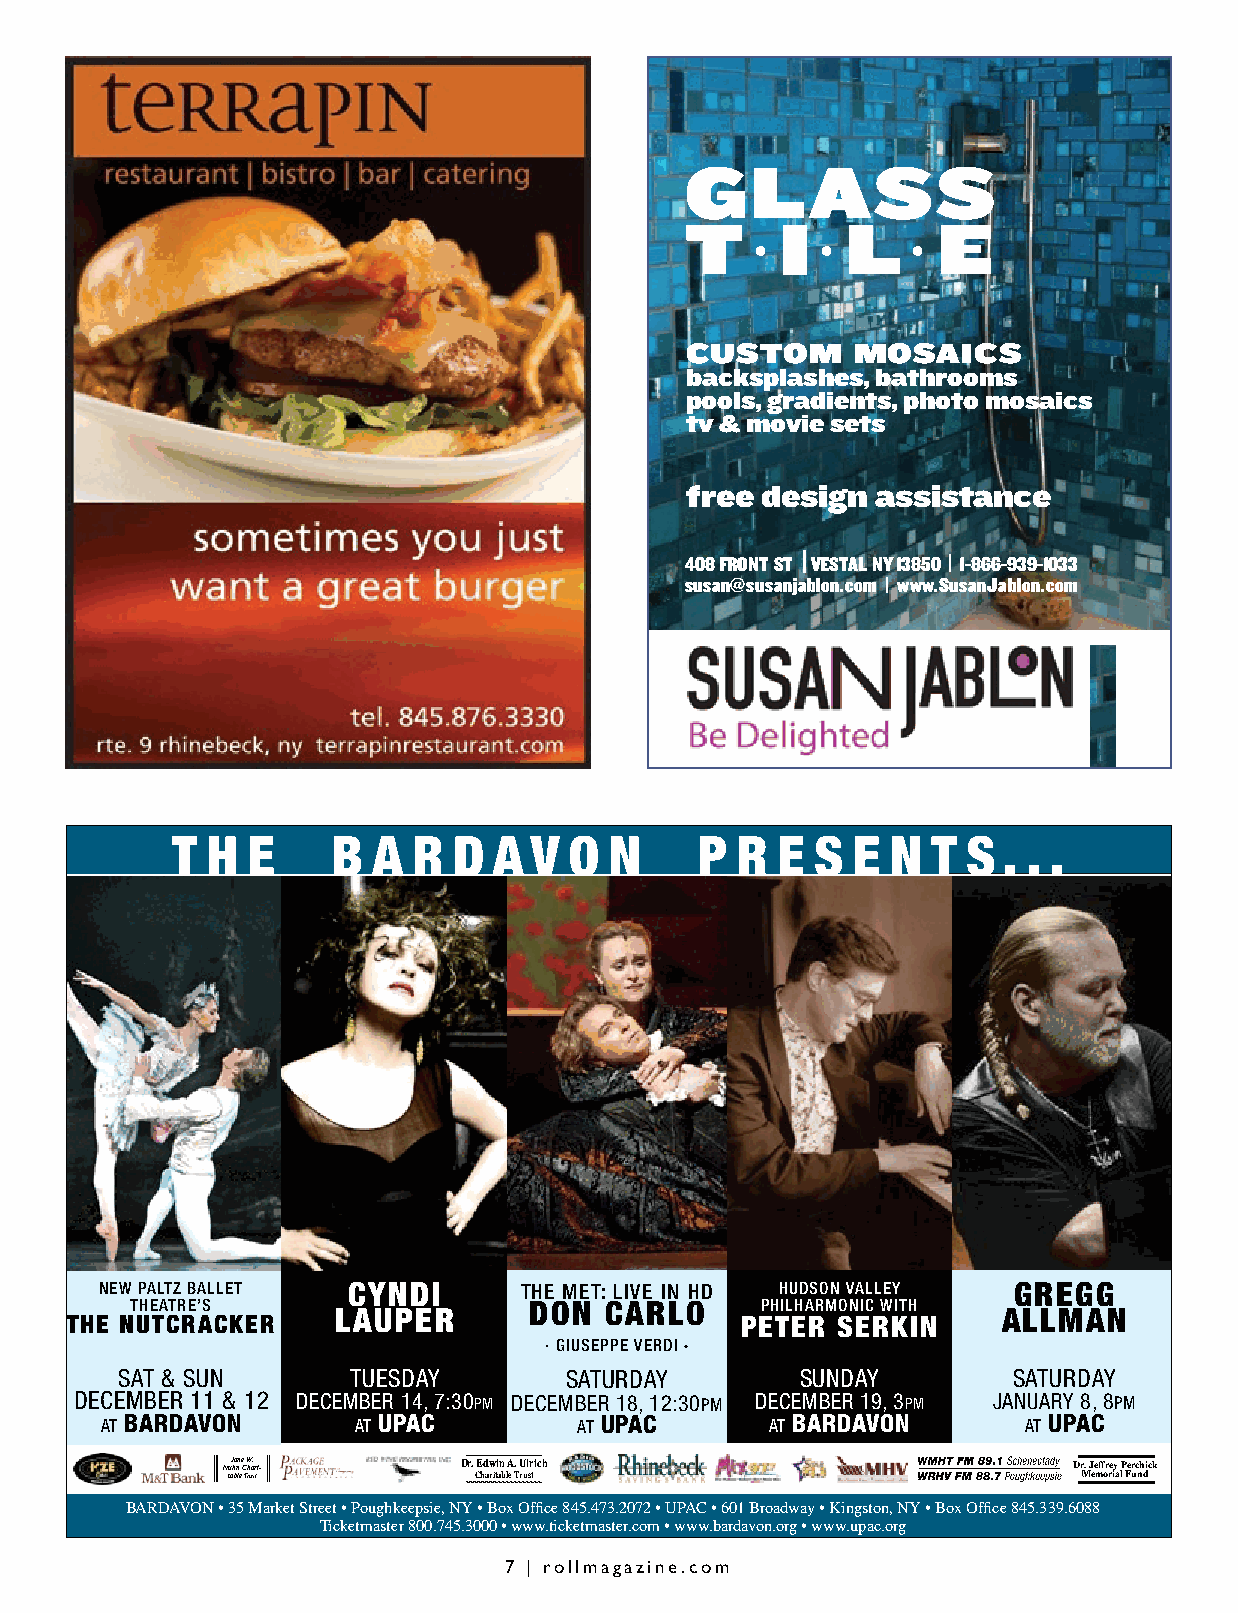
glass
 t      i   l     e
 •   •     •
 custom      mosaics
 backsplashes, bathrooms
 pools, gradients, photo mosaics
 tv & movie sets
 free design  assistance
 408 front st | vestal ny 13850 | 1-866-939-1033
 susan@susanjablon.com | www.SusanJablon.com
 t  h e     b  a r  d  a v  o n     p  r e  s e  n  t s . . .
 new paltz ballet cyndi     the met: live in hd hudson valley gregg
 theatre’s                 don  carlo     philharmonic with
 lauper                                      allman
 the nutcracker                               peter serkin
 · giuseppe verdi ·
 sat & sun      tuesday       saturday        sunday        saturday
 december 11 & 12 december 14, 7:30pm december 18, 12:30pm december 19, 3pm january 8, 8pm
 at bardavon     at upac        at upac      at bardavon      at upac
 N tu aJ h ba n ln e e C T W rh ua. s r t i- Dr. CE hd aw riti an b lA e T. rU ul sr tich Dr M. J ee mff ore ry ia P l Fer uc nh dick
 BARDAVON • 35 Market Street • Poughkeepsie, NY • Box Office 845.473.2072 • UPAC • 601 Broadway • Kingston, NY • Box Office 845.339.6088
 Ticketmaster 800.745.3000 • www.ticketmaster.com • www.bardavon.org • www.upac.org
 7 | rollmagazine.com